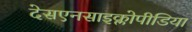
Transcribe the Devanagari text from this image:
देसएनसाइक्लोपीडिया